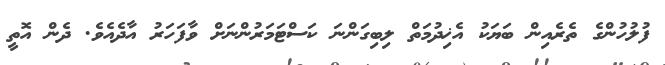
ފުލުހުންގެ ތެރެއިން ބަޔަކު އެޚިދުމަތް ލިބިގަންނަ ކަސްޓަމަރުންނަށް ވާފަހަރު އާދެއެވެ. ދެން އޮތީ